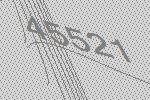
45521